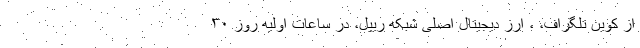
از کوین تلگراف، ، ارز دیجیتال اصلی شبکه ریپل، در ساعات اولیه روز ۳۰